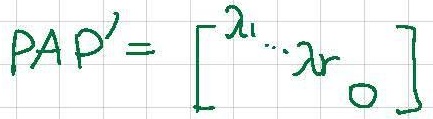
$PAP' = \left[\begin{array}{ll}\lambda_1&\cdots&\lambda_r&\\&&&0\end{array}\right]$